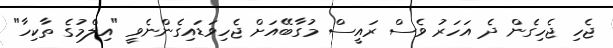
ޖެހި ޖެހިގެން ދެ އަހަރު ވެސް ރައީސް މުގާބޭއަށް ޖެހިވަޑައިގެންނެވީ "އިލްމުގެ ތާކިހާ"